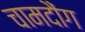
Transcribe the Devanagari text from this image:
चामदौंग